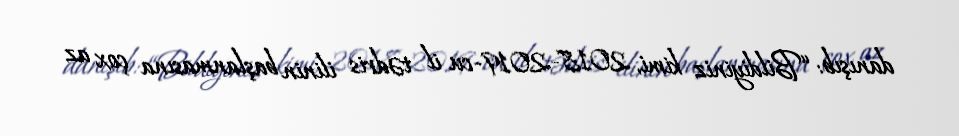
danışıb: “Bildiyiniz kimi, 2018-2019-cu il tədris ilinin başlanmasına çox az